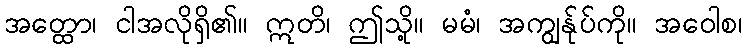
အတ္ထော၊ ငါအလိုရှိ၏။ ဣတိ၊ ဤသို့။ မမံ၊ အကျွန်ုပ်ကို။ အဝေါစ၊